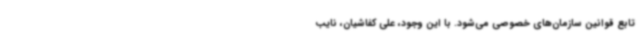
تابع قوانین سازمان‌های خصوصی می‌شود. با این وجود، علی کفاشیان، نایب